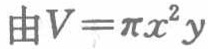
由\(V = \pi x^{2}y\)